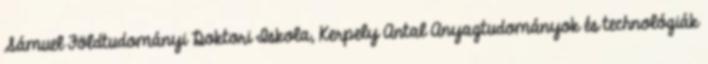
Sámuel Földtudományi Doktori Iskola, Kerpely Antal Anyagtudományok és technológiák